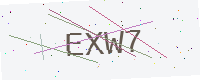
Text: EXW7